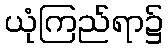
ယုံကြည်ရာ၌